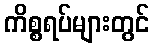
ကိစ္စရပ်များတွင်